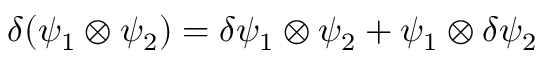
\delta ( \psi _ { 1 } \otimes \psi _ { 2 } ) = \delta \psi _ { 1 } \otimes \psi _ { 2 } + \psi _ { 1 } \otimes \delta \psi _ { 2 }